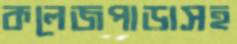
কলেজপাড়াসহ